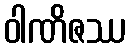
ဝါဏိဇဿ